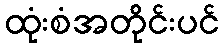
ထုံးစံအတိုင်းပင်